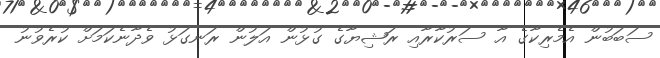
ސަބަބުން އެމެރިކާގެ އާ ސަރުކާރާއި ރަޝިޔާގެ ގުޅުން އަލުން ރަނގަޅު ވެދާނެކަމަށް ކުރެވުނު